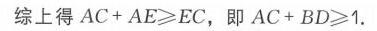
综上得 \(AC + AE=EC\)，即 \(AC + BD\geqslant1\).